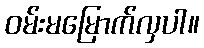
ဝမ်းမမြောက်လှပါ။